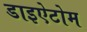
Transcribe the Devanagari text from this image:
डाइऐटोम